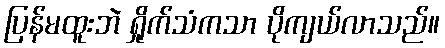
ပြန်မထူးဘဲ ရှိုက်သံကသာ ပိုကျယ်လာသည်။